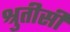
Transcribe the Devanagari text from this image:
श्रुतीसी